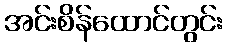
အင်းစိန်ထောင်တွင်း